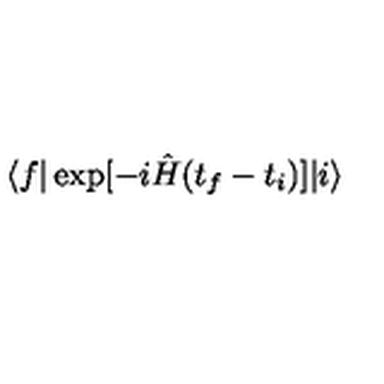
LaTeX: \langle f | \exp [ - i \hat { H } ( t _ { f } - t _ { i } ) ] | i \rangle